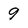
Character: 9